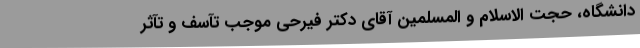
دانشگاه، حجت الاسلام و المسلمین آقای دکتر فیرحی موجب تآسف و تآثر